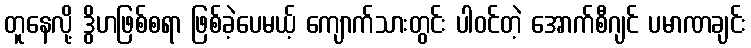
တူနေလို့ ဒွိဟဖြစ်စရာ ဖြစ်ခဲ့ပေမယ့် ကျောက်သားတွင်း ပါဝင်တဲ့ အောက်စီဂျင် ပမာဏချင်း